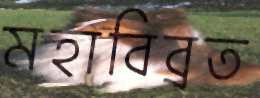
মহাবিব্রত